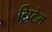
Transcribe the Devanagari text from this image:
ट्रिप्टेस